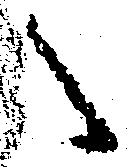
之